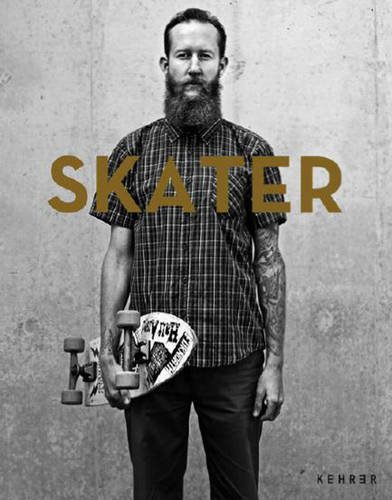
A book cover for Skater; Nikki Toole; Sports & Outdoors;